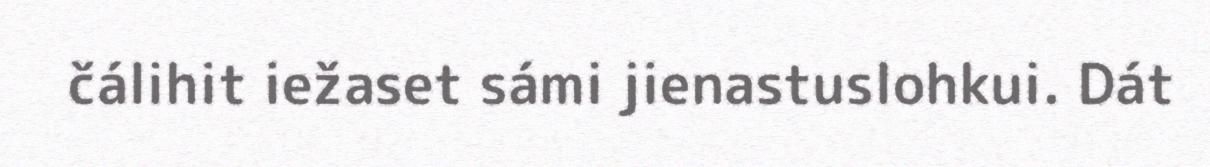
čálihit iežaset sámi jienastuslohkui. Dát